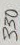
Text: 330